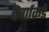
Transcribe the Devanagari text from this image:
वर्गाकडे